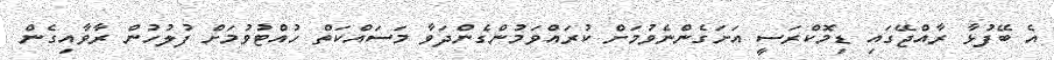
އެ ބޭފުޅާ ރާއްޖޭގައި ޑިމޮކްރަސީ އަށަގެންނެވުމަށް ކުރައްވަމުންގެންދަވާ މަސައްކަތް ހުއްޓުވުމަށް ފުލުހުން ރާވާއިގެން